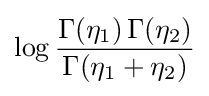
\log {\frac {\Gamma (\eta _{1})\,\Gamma (\eta _{2})}{\Gamma (\eta _{1}+\eta _{2})}}